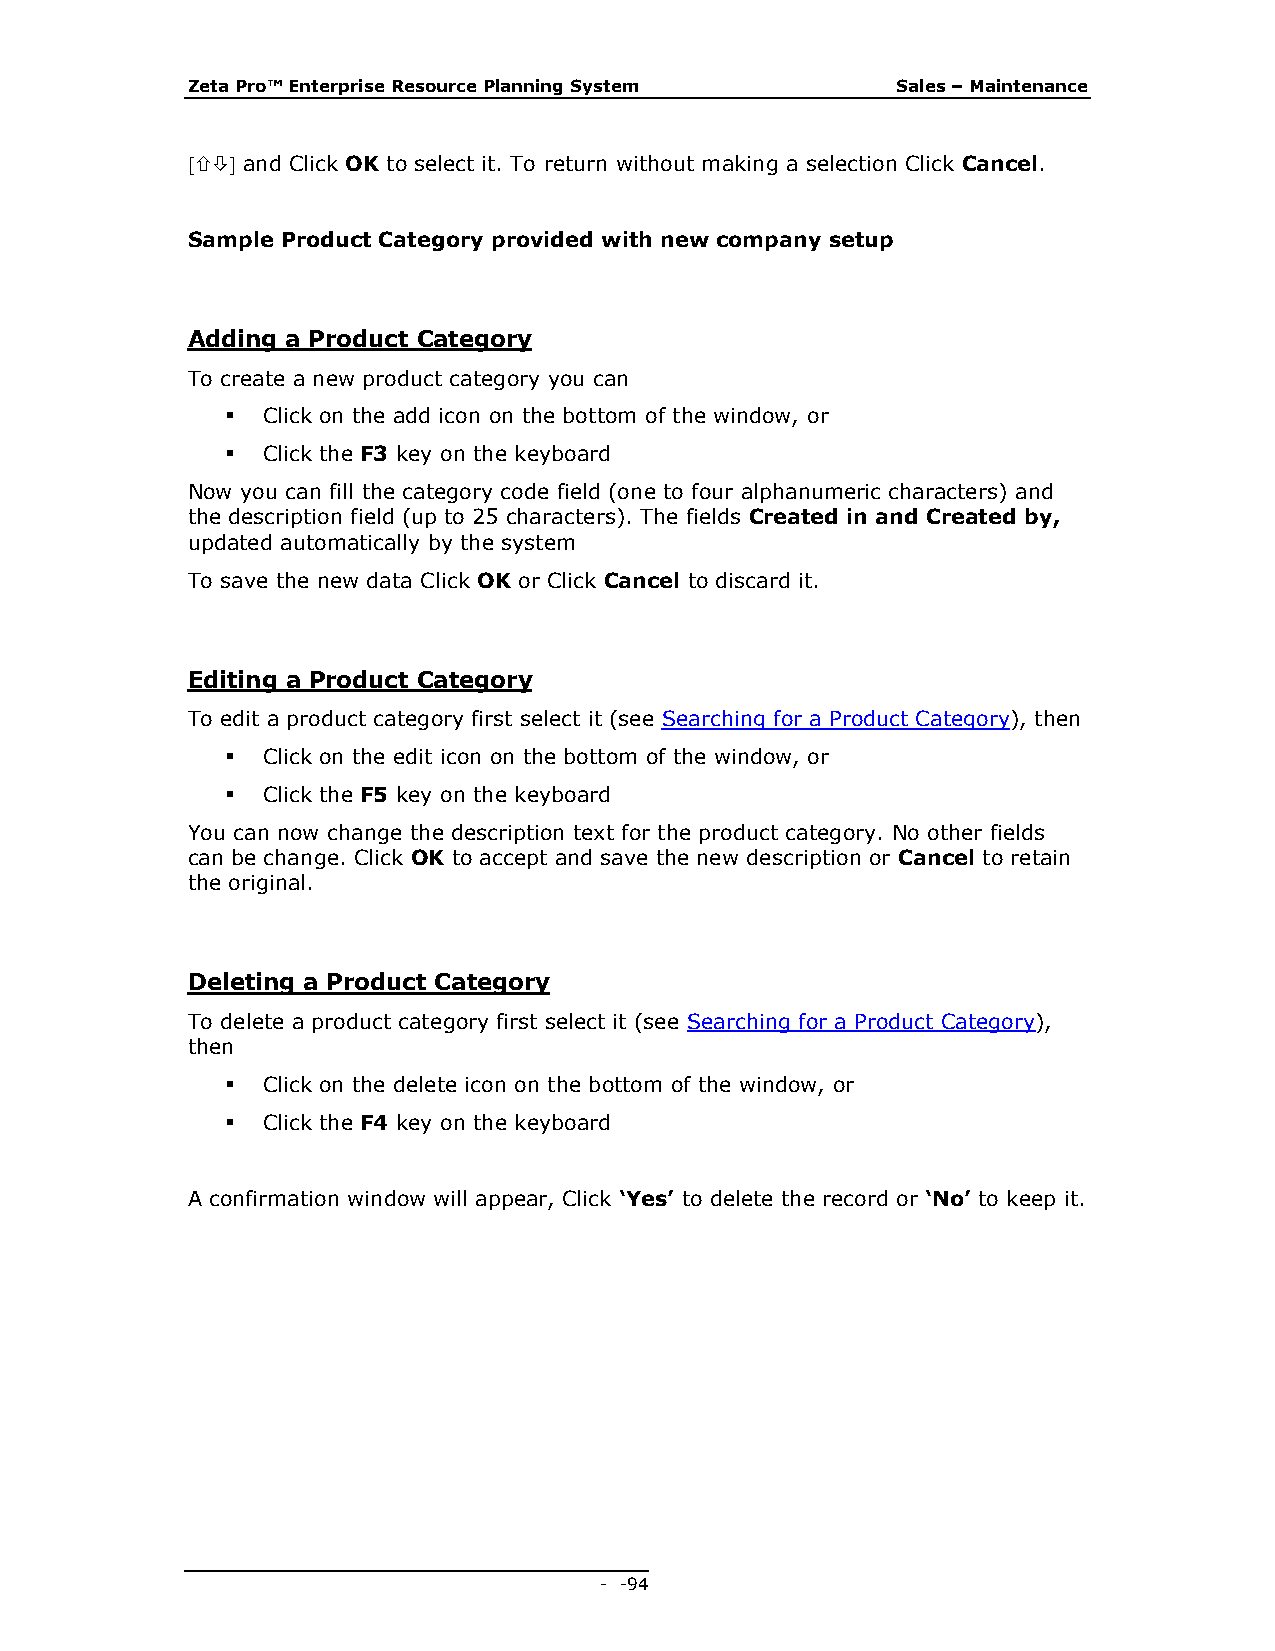
Zeta Pro™ Enterprise Resource Planning System  Sales – Maintenance
  and Click OK to select it. To return without making a selection Click Cancel.
 Sample Product Category provided with new company setup
 Adding a Product Category
 To create a new product category you can
  Click on the add icon on the bottom of the window, or
  Click the F3 key on the keyboard
 Now you can fill the category code field (one to four alphanumeric characters) and
 the description field (up to 25 characters). The fields Created in and Created by,
 updated automatically by the system
 To save the new data Click OK or Click Cancel to discard it.
 Editing a Product Category
 To edit a product category first select it (see Searching for a Product Category), then
  Click on the edit icon on the bottom of the window, or
  Click the F5 key on the keyboard
 You can now change the description text for the product category. No other fields
 can be change. Click OK to accept and save the new description or Cancel to retain
 the original.
 Deleting a Product Category
 To delete a product category first select it (see Searching for a Product Category),
 then
  Click on the delete icon on the bottom of the window, or
  Click the F4 key on the keyboard
 A confirmation window will appear, Click ‘Yes’ to delete the record or ‘No’ to keep it.
 - - 94